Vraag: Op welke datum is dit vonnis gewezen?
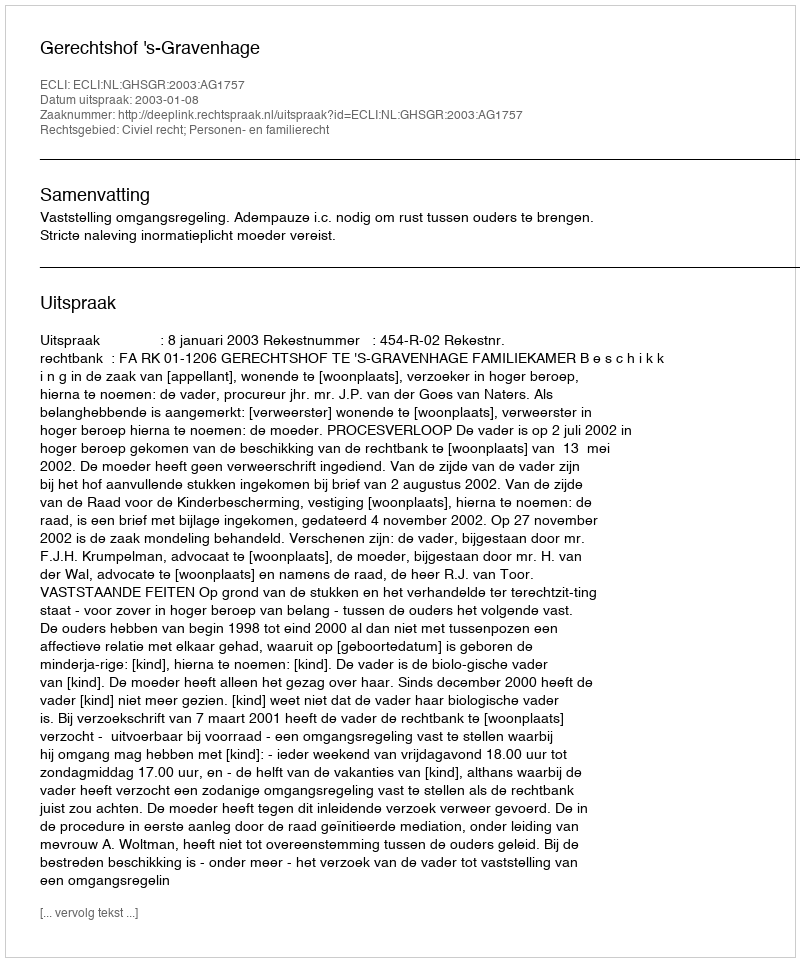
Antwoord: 2003-01-08